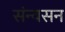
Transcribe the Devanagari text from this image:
संन्यसन